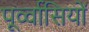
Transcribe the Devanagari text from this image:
पूर्व्वासियों